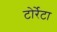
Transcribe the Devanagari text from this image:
टोर्रेटा